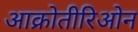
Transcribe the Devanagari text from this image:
आक्रोतीरिओन